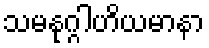
သမနုဂ္ဂါဟိယမာနာ